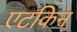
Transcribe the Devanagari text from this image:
एटकिन